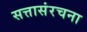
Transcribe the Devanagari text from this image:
सत्तासंरचना